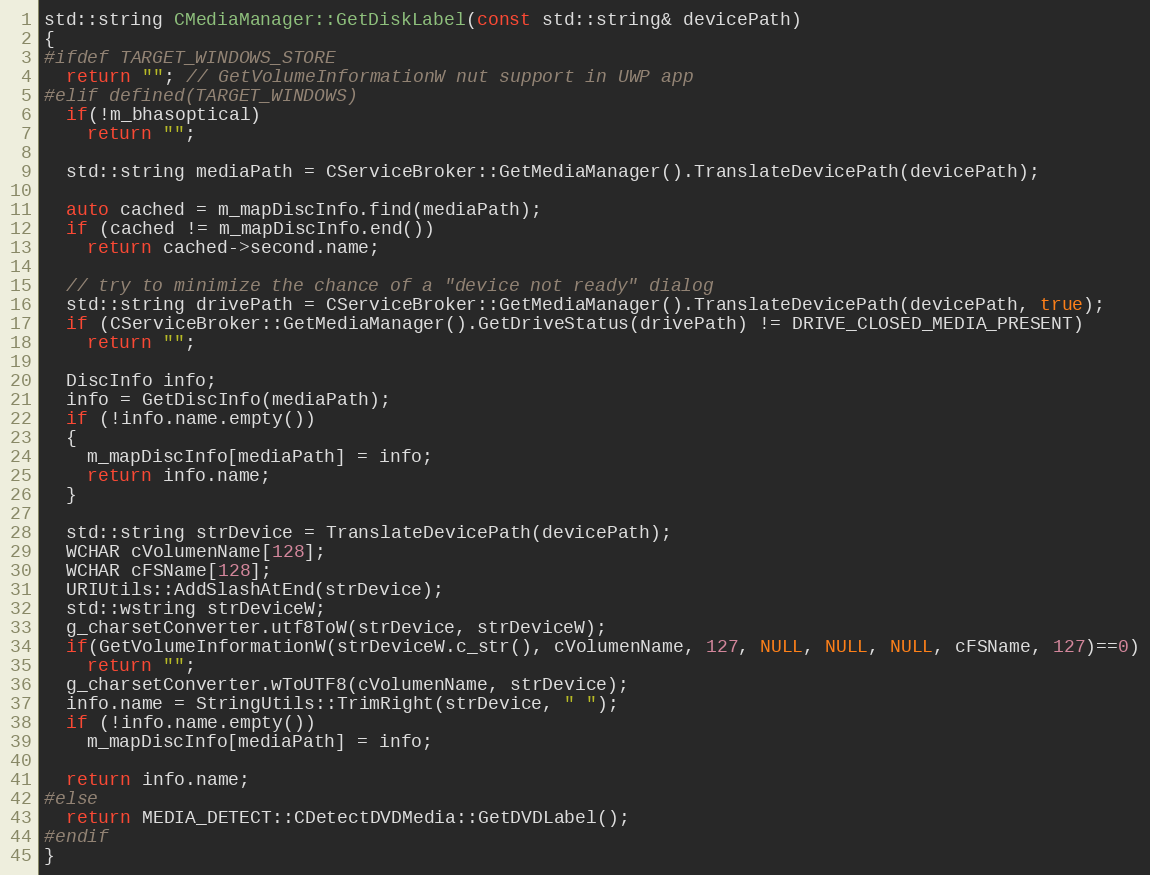
Language: C++
std::string CMediaManager::GetDiskLabel(const std::string& devicePath)
{
#ifdef TARGET_WINDOWS_STORE
  return ""; // GetVolumeInformationW nut support in UWP app
#elif defined(TARGET_WINDOWS)
  if(!m_bhasoptical)
    return "";

  std::string mediaPath = CServiceBroker::GetMediaManager().TranslateDevicePath(devicePath);

  auto cached = m_mapDiscInfo.find(mediaPath);
  if (cached != m_mapDiscInfo.end())
    return cached->second.name;

  // try to minimize the chance of a "device not ready" dialog
  std::string drivePath = CServiceBroker::GetMediaManager().TranslateDevicePath(devicePath, true);
  if (CServiceBroker::GetMediaManager().GetDriveStatus(drivePath) != DRIVE_CLOSED_MEDIA_PRESENT)
    return "";

  DiscInfo info;
  info = GetDiscInfo(mediaPath);
  if (!info.name.empty())
  {
    m_mapDiscInfo[mediaPath] = info;
    return info.name;
  }

  std::string strDevice = TranslateDevicePath(devicePath);
  WCHAR cVolumenName[128];
  WCHAR cFSName[128];
  URIUtils::AddSlashAtEnd(strDevice);
  std::wstring strDeviceW;
  g_charsetConverter.utf8ToW(strDevice, strDeviceW);
  if(GetVolumeInformationW(strDeviceW.c_str(), cVolumenName, 127, NULL, NULL, NULL, cFSName, 127)==0)
    return "";
  g_charsetConverter.wToUTF8(cVolumenName, strDevice);
  info.name = StringUtils::TrimRight(strDevice, " ");
  if (!info.name.empty())
    m_mapDiscInfo[mediaPath] = info;

  return info.name;
#else
  return MEDIA_DETECT::CDetectDVDMedia::GetDVDLabel();
#endif
}